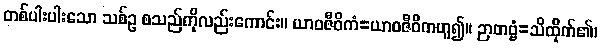
တစ်ပါးပါးသော သစ်ဥ စသည်ကိုလည်းကောင်း။ ယာဝဇီဝိကံ=ယာဝဇီဝိကဟူ၍။ ဉာတဗ္ဗံ=သိထိုက်၏၊